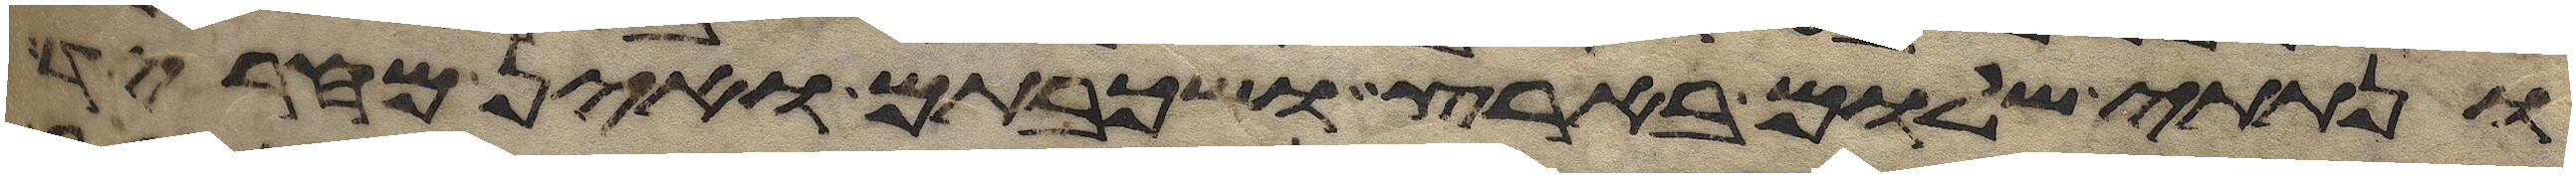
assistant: ונתתי שלום בארץ ושכבתם ואין מחריד